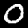
Label: 0